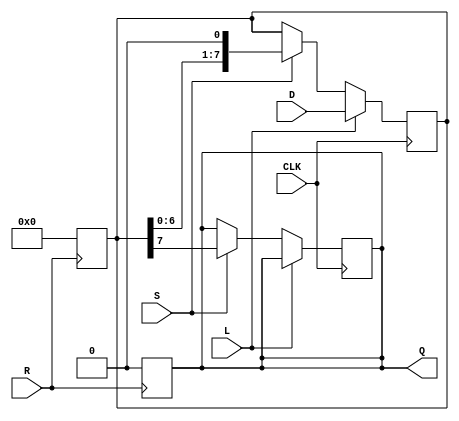
module PISO_8bit (
    input  wire [7:0] D,    // 8-bit data input
    input  wire L,          // Load control signal
    input  wire S,          // Shift control signal
    input  wire CLK,        // Clock signal
    input  wire R,          // Asynchronous reset signal
    output reg  Q           // Serial output
);

    reg [7:0] shift_reg;    // Register to hold the 8-bit data

    // Asynchronous reset
    always @(posedge R) begin
        shift_reg <= 8'b0;   // Clear the register
        Q <= 1'b0;           // Clear the serial output
    end
    
    // Process for loading and shifting
    always @(posedge CLK) begin
        if (L) begin
            // Load the input data into the register on Load signal
            shift_reg <= D;
        end else if (S) begin
            // Shift the register and output the MSB on each clock pulse
            Q <= shift_reg[7];   // Output the MSB
            shift_reg <= {shift_reg[6:0], 1'b0}; // Shift left (fill LSB with 0)
        end
    end

endmodule